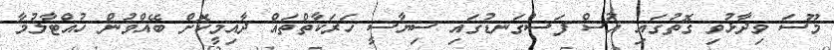
މޫސަ ވިދާޅުވި ގޮތުގައި އުސް ފަސްގަނޑުގައި ސިޔާސީ ހަރަކާތްތައް ދާއިމީކޮށް ބޭއްވުން ހުއްޓާލުމާ